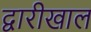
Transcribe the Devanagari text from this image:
द्वारीखाल